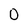
Character: 0